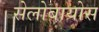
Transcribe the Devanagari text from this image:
सेलोबायोस